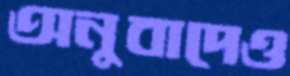
অনুবাদেও